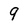
Character: 9